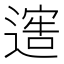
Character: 𨖄